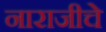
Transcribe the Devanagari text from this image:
नाराजीचे